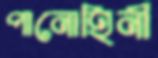
পানোহিনী